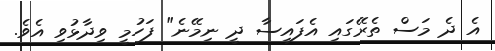
އެ ދެ މަސް ތެރޭގައި އެފައިސާ ދީ ނިމޭނެ" ފަހުމީ ވިދާޅުވި އެވެ.